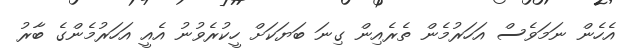
އެހެން ނަމަވެސް އަހަރުމެން ތެރެއިން ގިނަ ބަޔަކަށް ހީކުރެވުނު އެއީ އަހަރުމެންގެ ބާރު